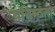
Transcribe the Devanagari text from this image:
घनिष्‍ठता